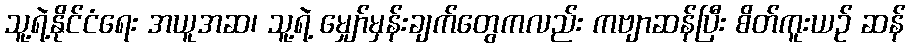
သူ့ရဲ့နိုင်ငံရေး အယူအဆ၊ သူ့ရဲ့ မျှော်မှန်းချက်တွေကလည်း ကဗျာဆန်ပြီး စိတ်ကူးယဉ် ဆန်